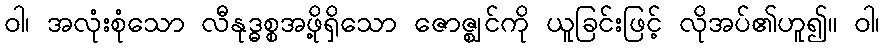
ဝါ၊ အလုံးစုံသော လီနုဒ္ဓစ္စအဖို့ရှိသော ဇောဇ္ဈင်ကို ယူခြင်းဖြင့် လိုအပ်၏ဟူ၍။ ဝါ၊